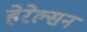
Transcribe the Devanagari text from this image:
हेरेल्सन